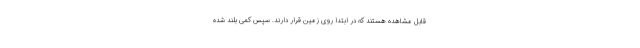
قابل مشاهده هستند که در ابتدا روی زمین قرار دارند. سپس کمی بلند شده